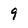
Character: 9